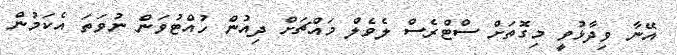
އޭނާ ވިދާޅުވީ މިގޮތަށް ސްޓްރެސް ލެވެލް މައްޗަށް ދިއުން ހުއްޓުވަން ނުވަތަ އެކަމުން